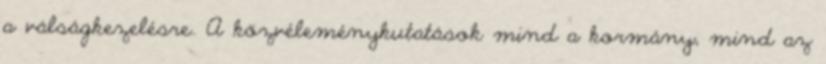
a válságkezelésre. A közvéleménykutatások mind a kormány, mind az